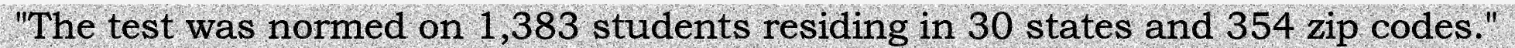
"The test was normed on 1,383 students residing in 30 states and 354 zip codes."